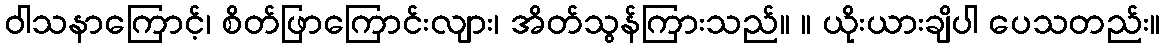
ဝါသနာကြောင့်၊ စိတ်ဖြာကြောင်းလျား၊ အိတ်သွန်ကြားသည်။ ။ ယိုးယားချိပါ ပေသတည်း။